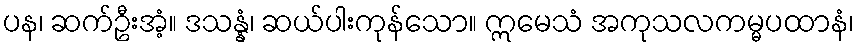
ပန၊ ဆက်ဦးအံ့။ ဒသန္နံ၊ ဆယ်ပါးကုန်သော။ ဣမေသံ အကုသလကမ္မပထာနံ၊